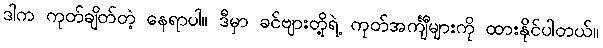
ဒါက ကုတ်ချိတ်တဲ့ နေရာပါ။ ဒီမှာ ခင်ဗျားတို့ရဲ့ ကုတ်အင်္ကျီများကို ထားနိုင်ပါတယ်။